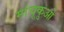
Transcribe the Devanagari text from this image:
मांचूकुओ